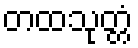
တထသုတ္တံ